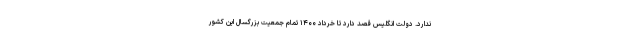
ندارد. دولت انگلیس قصد دارد تا خرداد ۱۴۰۰ تمام جمعیت بزرگسال این کشور